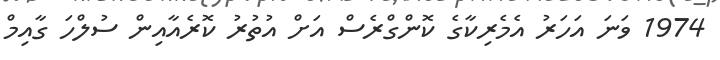
1974 ވަނަ އަހަރު އެމެރިކާގެ ކޮންގްރެސް އަށް އުތުރު ކޮރެއާއިން ސުލްހަ ގާއިމް